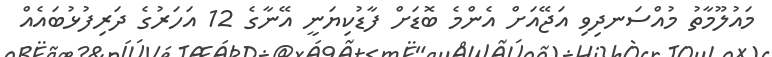
މައުލޫމާތު މުއްސަނދިވި އަޖޭއަށް އެންމެ ބޮޑަށް ފާޑުކިޔަނީ އޭނާގެ 12 އަހަރުގެ ދަރިފުޅުބައެއް